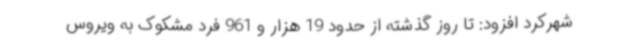
شهرکرد افزود: تا روز گذشته از حدود 19 هزار و 961 فرد مشکوک به ویروس